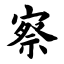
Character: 察